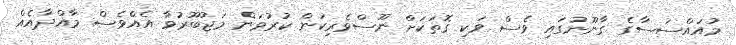
މުއައްސަސާގެ ގާނޫނުގައި ވެސް ވަކި ގޮތަކަށް ނޫސްވެރިކަން ކުރުވަން މަޖުބޫރުވާ އެއްވެސް މާއްދާއެއް